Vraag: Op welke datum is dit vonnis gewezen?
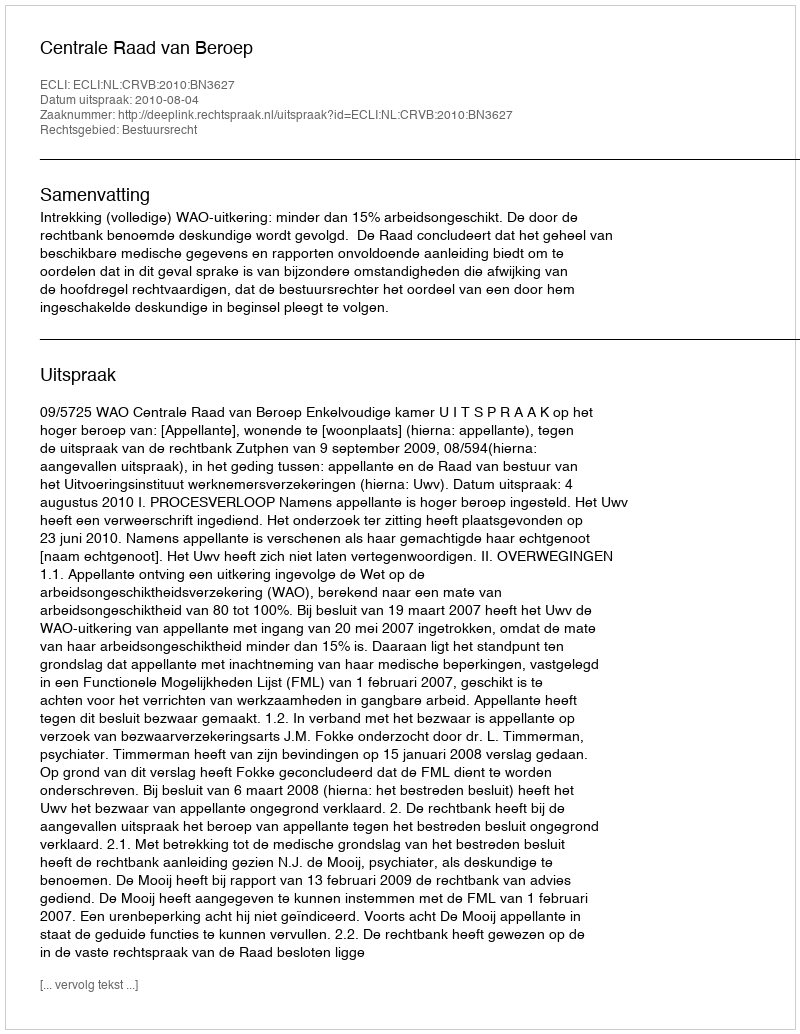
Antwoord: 2010-08-04